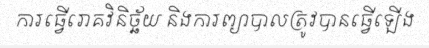
ការធ្វើរោគវិនិច្ឆ័យ និងការព្យាបាលត្រូវបានធ្វើឡើង